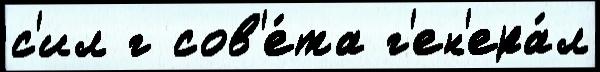
с'ил г сов'е́та г'ен'ера́л